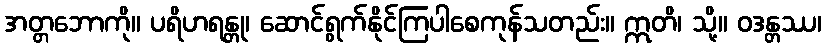
အတ္တဘောကို။ ပရိဟရန္တု၊ ဆောင်ရွက်နိုင်ကြပါစေကုန်သတည်း။ ဣတိ၊ သို့။ ဝဒန္တဿ၊